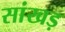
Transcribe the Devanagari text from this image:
सांखड़